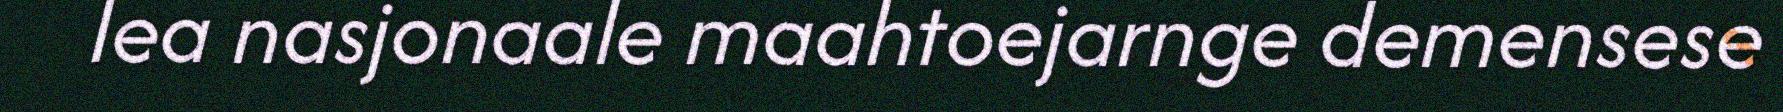
lea nasjonaale maahtoejarnge demensese